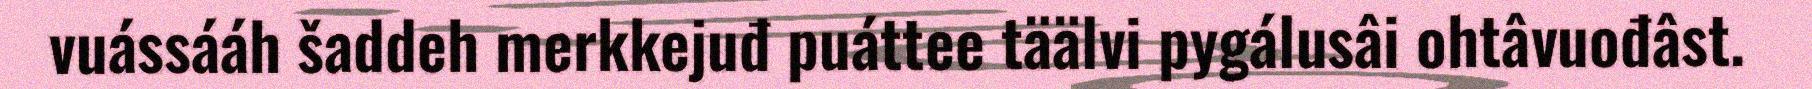
vuássááh šaddeh merkkejuđ puáttee täälvi pygálusâi ohtâvuođâst.